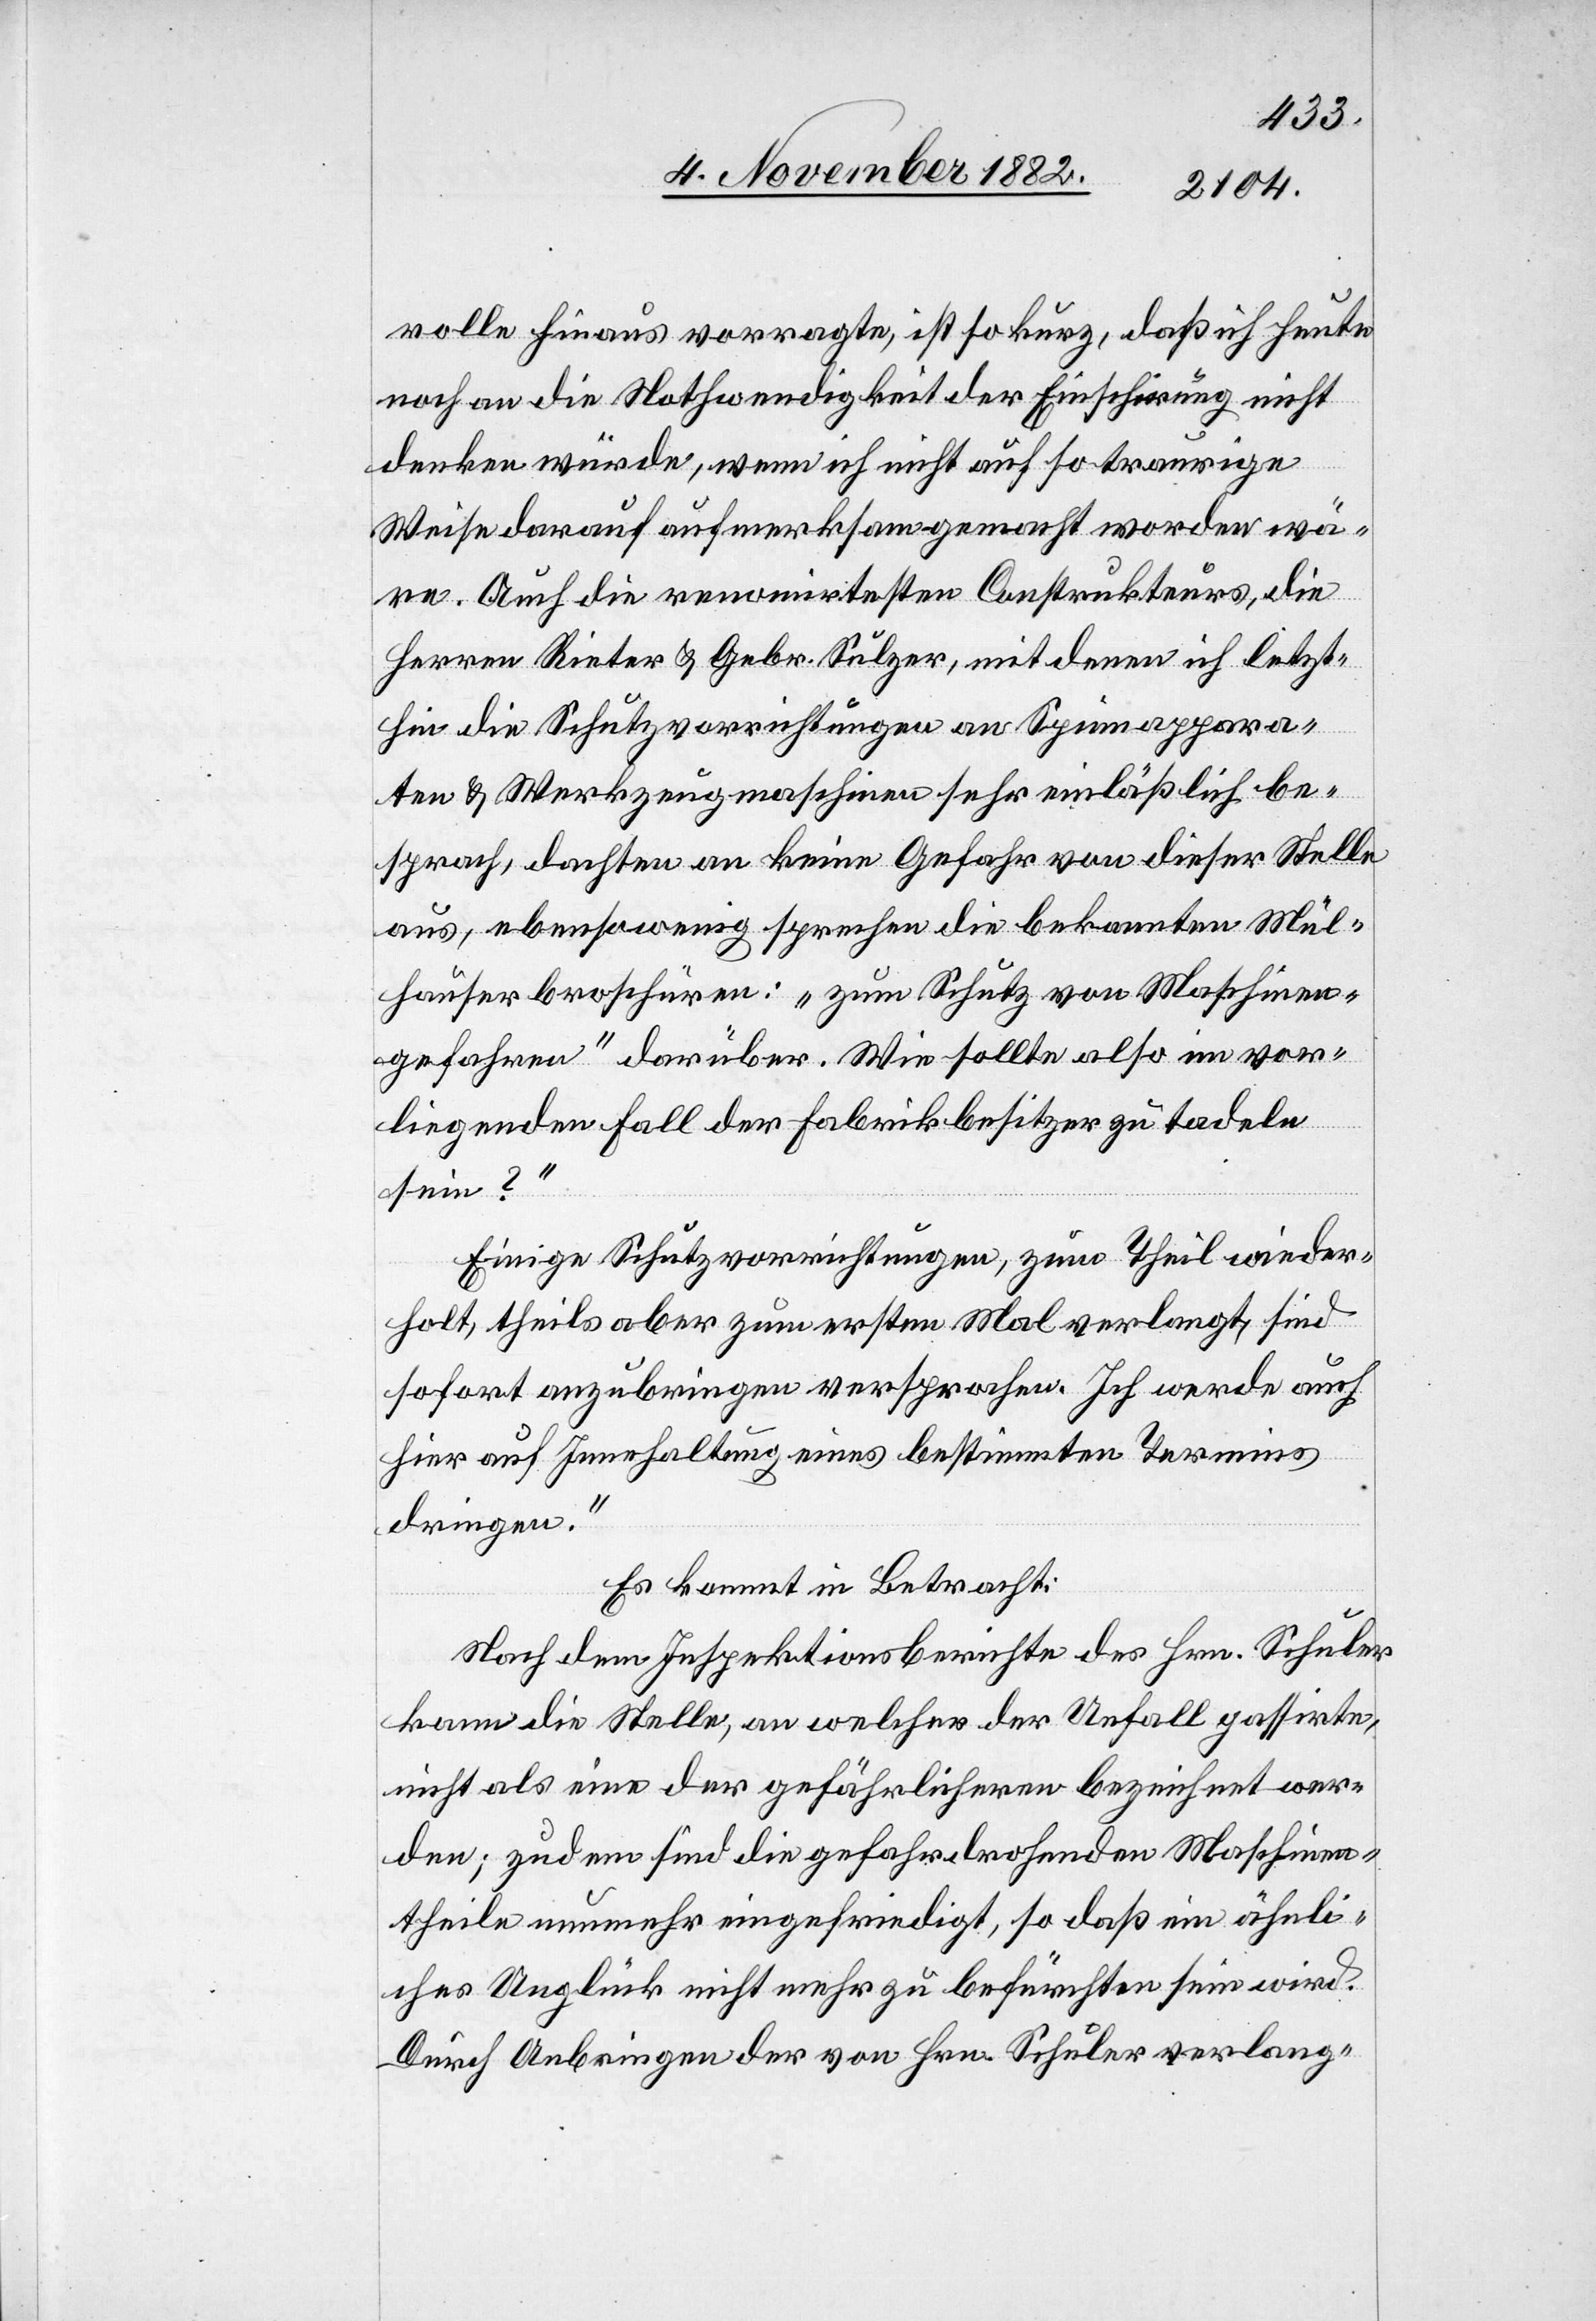
rolle hinaus vorragte, ist so kurz, daß ich heute
noch an die Nothwendigkeit der Einschirung nicht
denken würde, wenn ich nicht auf so traurige
Weise darauf aufmerksam gemacht worden wä¬
re. Auch die renomirtesten Construkteurs, die
Herren Rieter & Gebr. Sulzer, mit denen ich letzt¬
hin die Schutzvorrichtungen an Spinnappara¬
ten & Werkzeugmaschinen sehr einläßlich be¬
sprach, dachten an keine Gefahr von dieser Stelle
aus, ebensowenig sprechen die bekannten Mül¬
hauserbroschüren: „zum Schutz von Maschinen¬
gefahren“ darüber. Wie sollte also im vor¬
liegenden Fall der Fabrikbesitzer zu tadeln
sein?
Einige Schutzvorrichtungen, zum Theil wieder¬
holt, theils aber zum ersten Mal verlangt, sind
sofort anzubringen versprochen [sic!]. Ich werde auch
hier auf Innehaltung eines bestimmten Termins
dringen.“
Es kommt in Betracht:
Nach dem Inspektionsberichte des Hrn. Schuler
kann die Stelle, an welcher der Unfall passirte,
nicht als eine der gefährlicheren bezeichnet wer¬
den; zudem sind die gefahrdrohenden Maschinen¬
theile nunmehr eingefriedigt, so daß ein ähnli¬
ches Unglück nicht mehr zu befürchten sein wird.
Durch Anbringen der von Hrn. Schuler verlang-